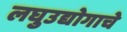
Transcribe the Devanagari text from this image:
लघुउद्योगाचे